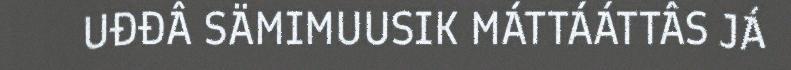
UĐĐÂ SÄMIMUUSIK MÁTTÁÁTTÂS JÁ